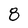
Character: 8